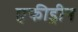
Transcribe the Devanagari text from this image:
एफीड्रीन